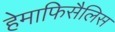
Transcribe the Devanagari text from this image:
हेमाफिसैलिस